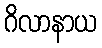
ဂိလာနာယ